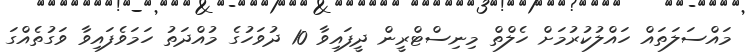
މައްސަލަތައް ހައްލުކުރުމަށް ހެލްތް މިނިސްޓްރީން ދީފައިވާ 10 ދުވަހުގެ މުއްދަތު ހަމަވެފައިވާ ވަގުތެއްގަ